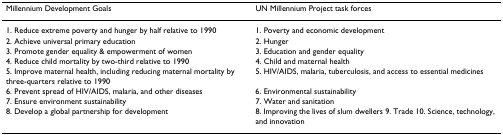
<table><thead><tr><td><b>Millennium Development Goals</b></td><td><b>UN Millennium Project task forces</b></td></tr></thead><tbody><tr><td>1. Reduce extreme poverty and hunger by half relative to 1990</td><td>1. Poverty and economic development</td></tr><tr><td>2. Achieve universal primary education</td><td>2. Hunger</td></tr><tr><td>3. Promote gender equality &amp; empowerment of women</td><td>3. Education and gender equality</td></tr><tr><td>4. Reduce child mortality by two-third relative to 1990</td><td>4. Child and maternal health</td></tr><tr><td>5. Improve maternal health, including reducing maternal mortality by three-quarters relative to 1990</td><td>5. HIV/AIDS, malaria, tuberculosis, and access to essential medicines</td></tr><tr><td>6. Prevent spread of HIV/AIDS, malaria, and other diseases</td><td>6. Environmental sustainability</td></tr><tr><td>7. Ensure environment sustainability</td><td>7. Water and sanitation</td></tr><tr><td>8. Develop a global partnership for development</td><td>8. Improving the lives of slum dwellers 9. Trade 10. Science, technology, and innovation</td></tr></tbody></table>